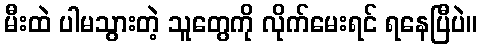
မီးထဲ ပါမသွားတဲ့ သူတွေကို လိုက်မေးရင် ရနေပြီပဲ။